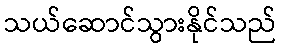
သယ်ဆောင်သွားနိုင်သည်